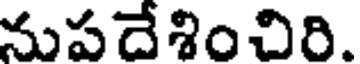
నుపదేశించిరి.